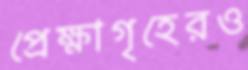
প্রেক্ষাগৃহেরও